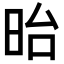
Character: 𣅿